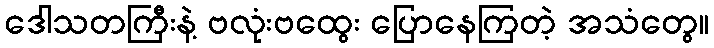
ဒေါသတကြီးနဲ့ ဗလုံးဗထွေး ပြောနေကြတဲ့ အသံတွေ။